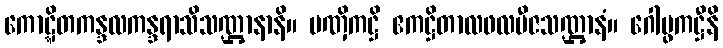
ကောဋ္ဋိတကန္ဒလကန္ဒရာသိသဏ္ဌာနာနိ။ ပဏှိကဋ္ဌိ ဧကဋ္ဌိတာလဖလဗီဇသဏ္ဌာနံ။ ဂေါပ္ဖကဋ္ဌီနိ